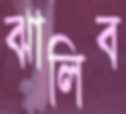
ঝালিব